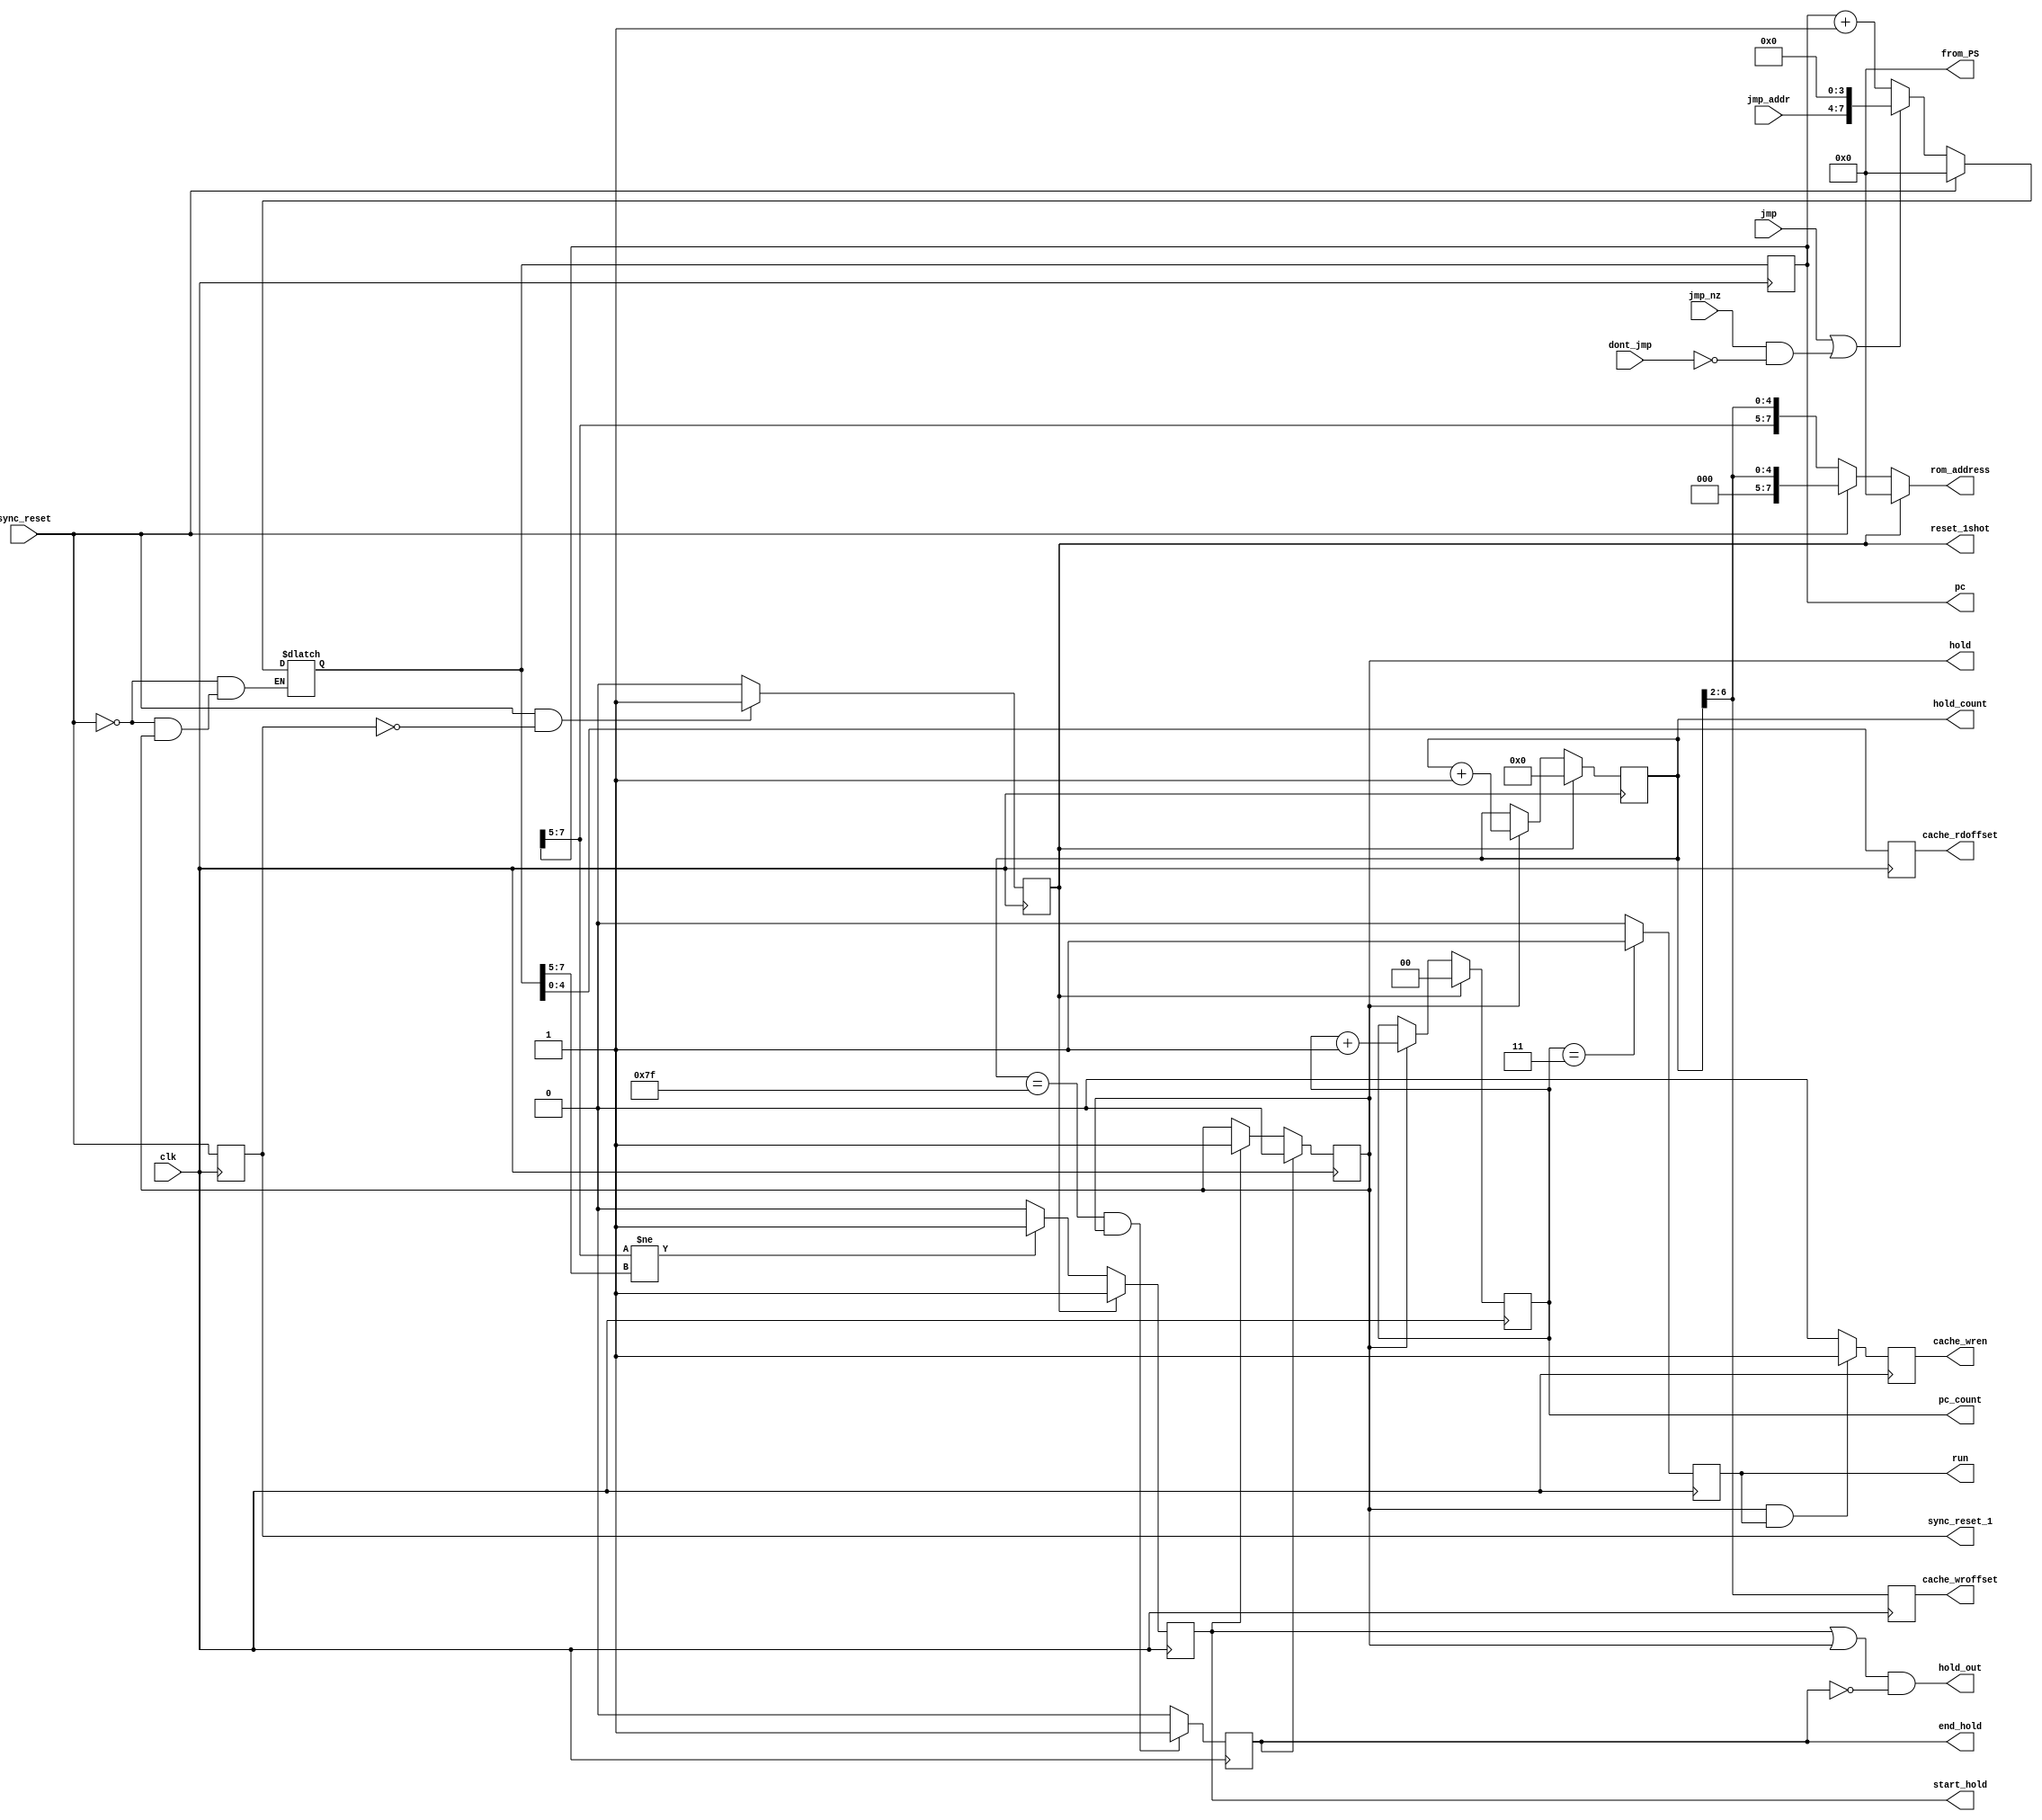
module program_sequencer(
	input clk, 
	input sync_reset,
	input [3:0] jmp_addr,
	input jmp,
	input jmp_nz,
	input dont_jmp,
	output wire [7:0] from_PS,
	output reg [7:0] pc,
	output wire hold_out,
	
	output reg [4:0] cache_wroffset,
	output reg [4:0] cache_rdoffset,
	output reg cache_wren,
	output reg [7:0] rom_address,
	output reg [1:0] pc_count,
	output reg run,
	
	//for debugging
	output reg start_hold,
	output reg end_hold,
	output reg hold,
	output reg [6:0] hold_count,
	output reg sync_reset_1,
	output reg reset_1shot
);

reg [7:0] pm_addr;

//-----------------------------Run Logic----------------------------------
always@(posedge clk)
	if (pc_count == 2'd3)
		run <= 1'b1;
	else
		run <= 1'b0;

//---------------------------pc_count Logic--------------------------------
always@(posedge clk)
	if (reset_1shot)
		pc_count <= 2'd0;
	else if (hold)
		pc_count <= pc_count + 2'd1;
	else
		pc_count <= pc_count;

//-------------------------Debugging Assignments----------------------------
assign from_PS = 8'H00;
//assign from_PS = pc;

//---------------------------Sync_reset_1 Logic-----------------------------
always@(posedge clk)
	sync_reset_1 <= sync_reset;
	
//---------------------------reset_1shot Logic------------------------------
always@(posedge clk)
	if (sync_reset && !sync_reset_1)
		reset_1shot <= 1'b1;
	else
		reset_1shot <= 1'b0;

//-----------------------------Cache Logic----------------------------------
always@(posedge clk)
	begin
		cache_wroffset <= hold_count[6:2];
		cache_rdoffset <= pm_addr[4:0];
		if (hold & run)
			cache_wren <= 1'b1;
		else
			cache_wren <= 1'b0;
		
	end

//----------------------------Start_Hold Logic-------------------------------
always@(posedge clk)
	if (reset_1shot)
		start_hold <= 1'b1;
	else if (pc[7:5] != pm_addr[7:5])
		start_hold <= 1'b1;
	else 
		start_hold <= 1'b0;
	
		
//-------------------------------Hold Logic----------------------------------
always@(posedge clk)
	if (end_hold)
		hold <= 0;
	else if (start_hold)
		hold <= 1;
	else 
		hold <= hold;


//-----------------------------Hold_count Logic----------------------------
always@(posedge clk)
	begin
		if (reset_1shot)
			hold_count <= 7'd0;
		else if(hold)
			hold_count <= hold_count + 7'd1;
		else
			hold_count <= hold_count;
	end

//-------------------------------end_hold Logic----------------------------
always@(posedge clk)
	begin
		if((hold_count == 7'd127) && (hold == 1'b1))
			end_hold <= 1'b1;
		else 
			end_hold <= 1'b0;
	end

//----------------------------Hold_out Logic------------------------------------
assign hold_out = ((start_hold | hold) & !(end_hold));
	
//----------------------------ROM Address Logic---------------------------------
always@(*)
	if(reset_1shot)
		rom_address = 8'd0;
	else if (sync_reset)
		rom_address = {3'd0, hold_count[6:2]};
	else
		rom_address = {pc[7:5], hold_count[6:2]};
	
//----------------------------PM Address Logic----------------------------------
always @ (*)
	if (sync_reset == 1'b1)
		pm_addr = 8'H00;
	else if (hold) //-------------------Holding
		pm_addr <= pm_addr;
	else if ((jmp == 1'b1) || ((jmp_nz == 1'b1) && (dont_jmp == 1'b0)))
		pm_addr = {jmp_addr, 4'H0};
	else
		pm_addr = pc + 8'H01;
		

always @(posedge clk)
	pc <= pm_addr;


endmodule